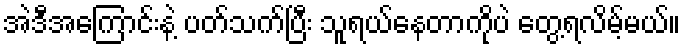
အဲဒီအကြောင်းနဲ့ ပတ်သက်ပြီး သူရယ်နေတာကိုပဲ တွေ့ရလိမ့်မယ်။